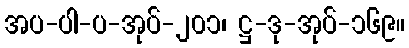
အပ-ပါ-ပ-အုပ်-၂၀၁၊ ဋ္ဌ-ဒု-အုပ်-၁၆၉။